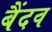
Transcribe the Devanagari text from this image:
बैंदव